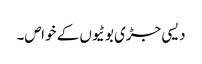
دیسی جڑی بوٹیوں کے خواص۔